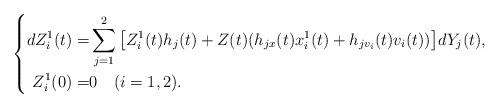
LaTeX: \begin{align*}\left\{\begin{aligned}dZ_i^1(t)=&\sum_{j=1}^2\big[Z_i^1(t)h_j(t)+Z(t)(h_{jx}(t)x_i^1(t)+h_{jv_i}(t)v_i(t))\big]dY_j(t),\\Z_i^1(0)=&0\quad(i=1,2).\\\end{aligned}\right.\end{align*}